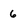
Character: 6